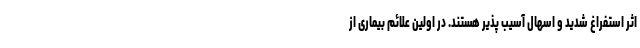
اثر استفراغ شدید و اسهال آسیب پذیر هستند. در اولین علائم بیماری از